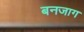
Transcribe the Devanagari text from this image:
बनजाग